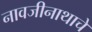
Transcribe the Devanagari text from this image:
नावजीनाथाचे